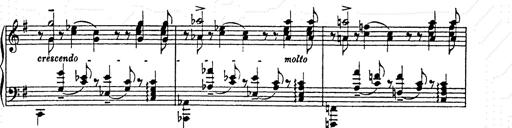
Title: AnnÃ©es de pÃ¨lerinage II
Composer: Franz Liszt